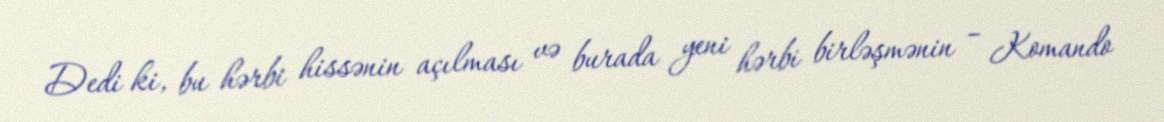
Dedi ki, bu hərbi hissənin açılması və burada yeni hərbi birləşmənin – Komando